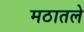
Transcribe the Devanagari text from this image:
मठातले